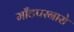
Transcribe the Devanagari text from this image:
माँटपरनासे